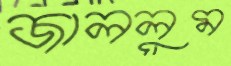
জাললুম